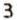
3